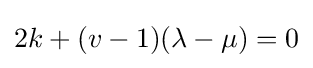
2k+(v-1)(\lambda -\mu )=0